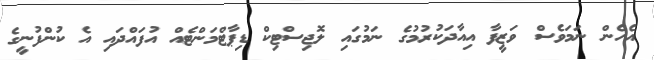
އެހެން ނަމަވެސް ވަޒީފާ އިއާދަކުރުމުގެ ނަމުގައި ލޮޖިސްޓިކް ޑިޕާޓްމަންޓެއް އުފައްދައި އެ ކުންފުނީގެ